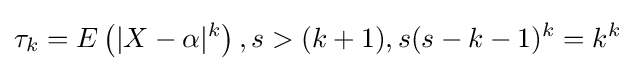
{\begin{aligned}\tau _{k}=E\left(|X-\alpha |^{k}\right),s>(k+1),s(s-k-1)^{k}=k^{k}\end{aligned}}